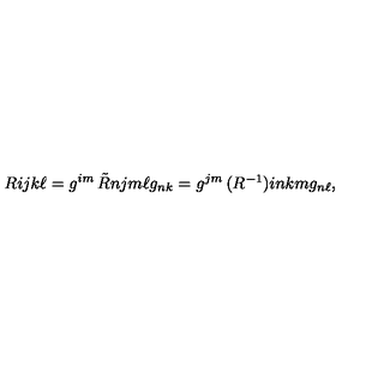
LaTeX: \begin{matrix} { R } \\ \end{matrix} { i j } { k \ell } = g ^ { i m } \begin{matrix} { \tilde { R } } \\ \end{matrix} { n j } { m \ell } g _ { n k } = g ^ { j m } \begin{matrix} { ( R ^ { - 1 } ) } \\ \end{matrix} { i n } { k m } g _ { n \ell } ,